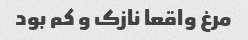
مرغ واقعا نازک و کم بود